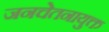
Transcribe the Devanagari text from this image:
जनचेतनायुक्त